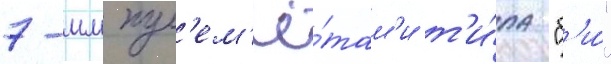
7-мм пул'ем'ё́там'и т'и́па "б'и́"